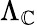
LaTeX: \Lambda_{\mathbb{C}}